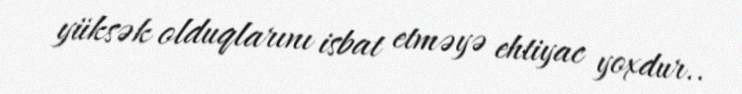
yüksək olduqlarını isbat etməyə ehtiyac yoxdur..